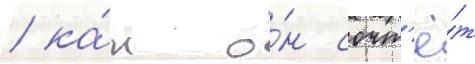
/ ка́к о́н сочт'ё́т